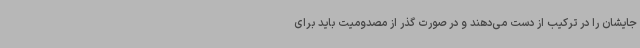
جایشان را در ترکیب از دست می‌دهند و در صورت گذر از مصدومیت باید برای